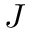
J